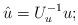
LaTeX: \begin{align*} \hat{u} = U_u^{-1} u ; \end{align*}